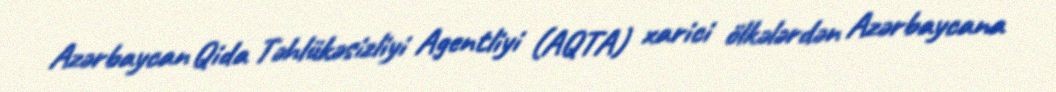
Azərbaycan Qida Təhlükəsizliyi Agentliyi (AQTA) xarici ölkələrdən Azərbaycana